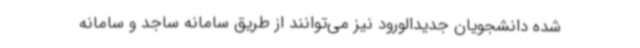
شده دانشجویان جدیدالورود نیز می‌توانند از طریق سامانه ساجد و سامانه